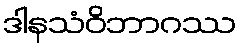
ဒါနသံဝိဘာဂဿ